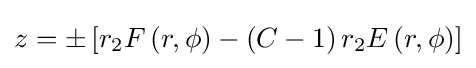
z=\pm \left[r_{2}F\left(r,\phi \right)-\left(C-1\right)r_{2}E\left(r,\phi \right)\right]